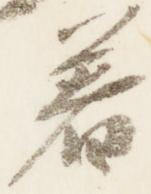
着